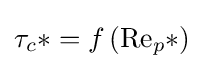
\tau _{c}*=f\left(\mathrm {Re} _{p}*\right)